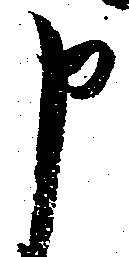
申